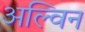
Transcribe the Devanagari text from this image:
अल्विन